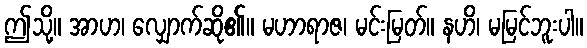
ဤသို့။ အာဟ၊ လျှောက်ဆို၏။ မဟာရာဇ၊ မင်းမြတ်။ နဟိ၊ မမြင်ဘူးပါ။